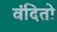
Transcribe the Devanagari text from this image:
वंदितो